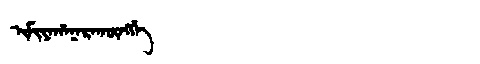
Manchu: ᡳᠮᡳᠶᠠᡥᠠᠨᠠᡵᠠᡴᡡᠩᡤᡝ
Romanization: IMIYAHANARAKŪNGGE